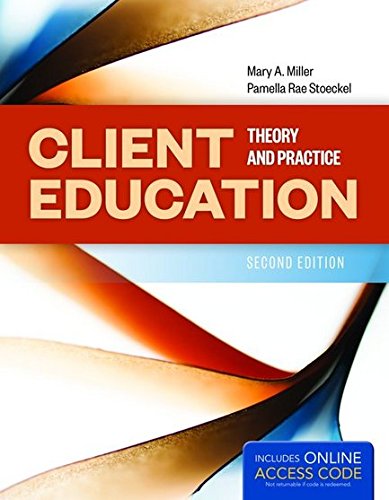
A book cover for Client Education: Theory And Practice; Mary A. Miller; Medical Books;